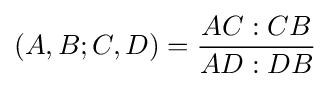
(A,B;C,D)={\frac {AC:CB}{AD:DB}}